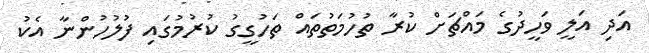
އަދި އަލީ ވަހީދުގެ މައްޗަށް ކުރާ ތުހުމަތުތައް ތަހުގީގު ކުރުމުގައި ފުލުހުންނާ އެކު